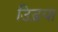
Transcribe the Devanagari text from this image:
उिड़या